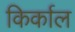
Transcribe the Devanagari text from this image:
किर्काल